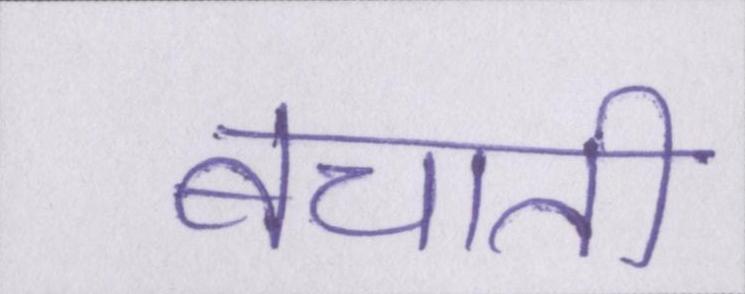
बचाती